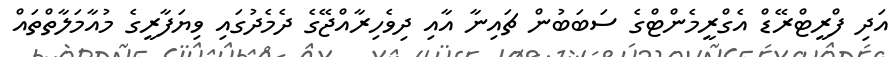
އަދި ފްރީޓްރޭޑް އެގްރީމެންޓްގެ ސަބަބުން ޗައިނާ އާއި ދިވެހިރާއްޖޭގެ ދެމެދުގައި ވިޔަފާރީގެ މުއާމަލާތްތައް